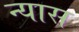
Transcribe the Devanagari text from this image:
न्‍यास